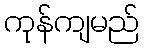
ကုန်ကျမည်